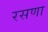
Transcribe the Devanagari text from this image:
रसणा